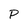
Character: p